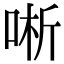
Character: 唽